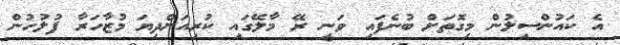
އެ ކައުންސިލުން މިގޮތަށް ބުނެފައި ވަނީ ރޭ މާލޭގައި ކުރިއަށްދިޔަ މުޒާހަރާ ފުލުހުން